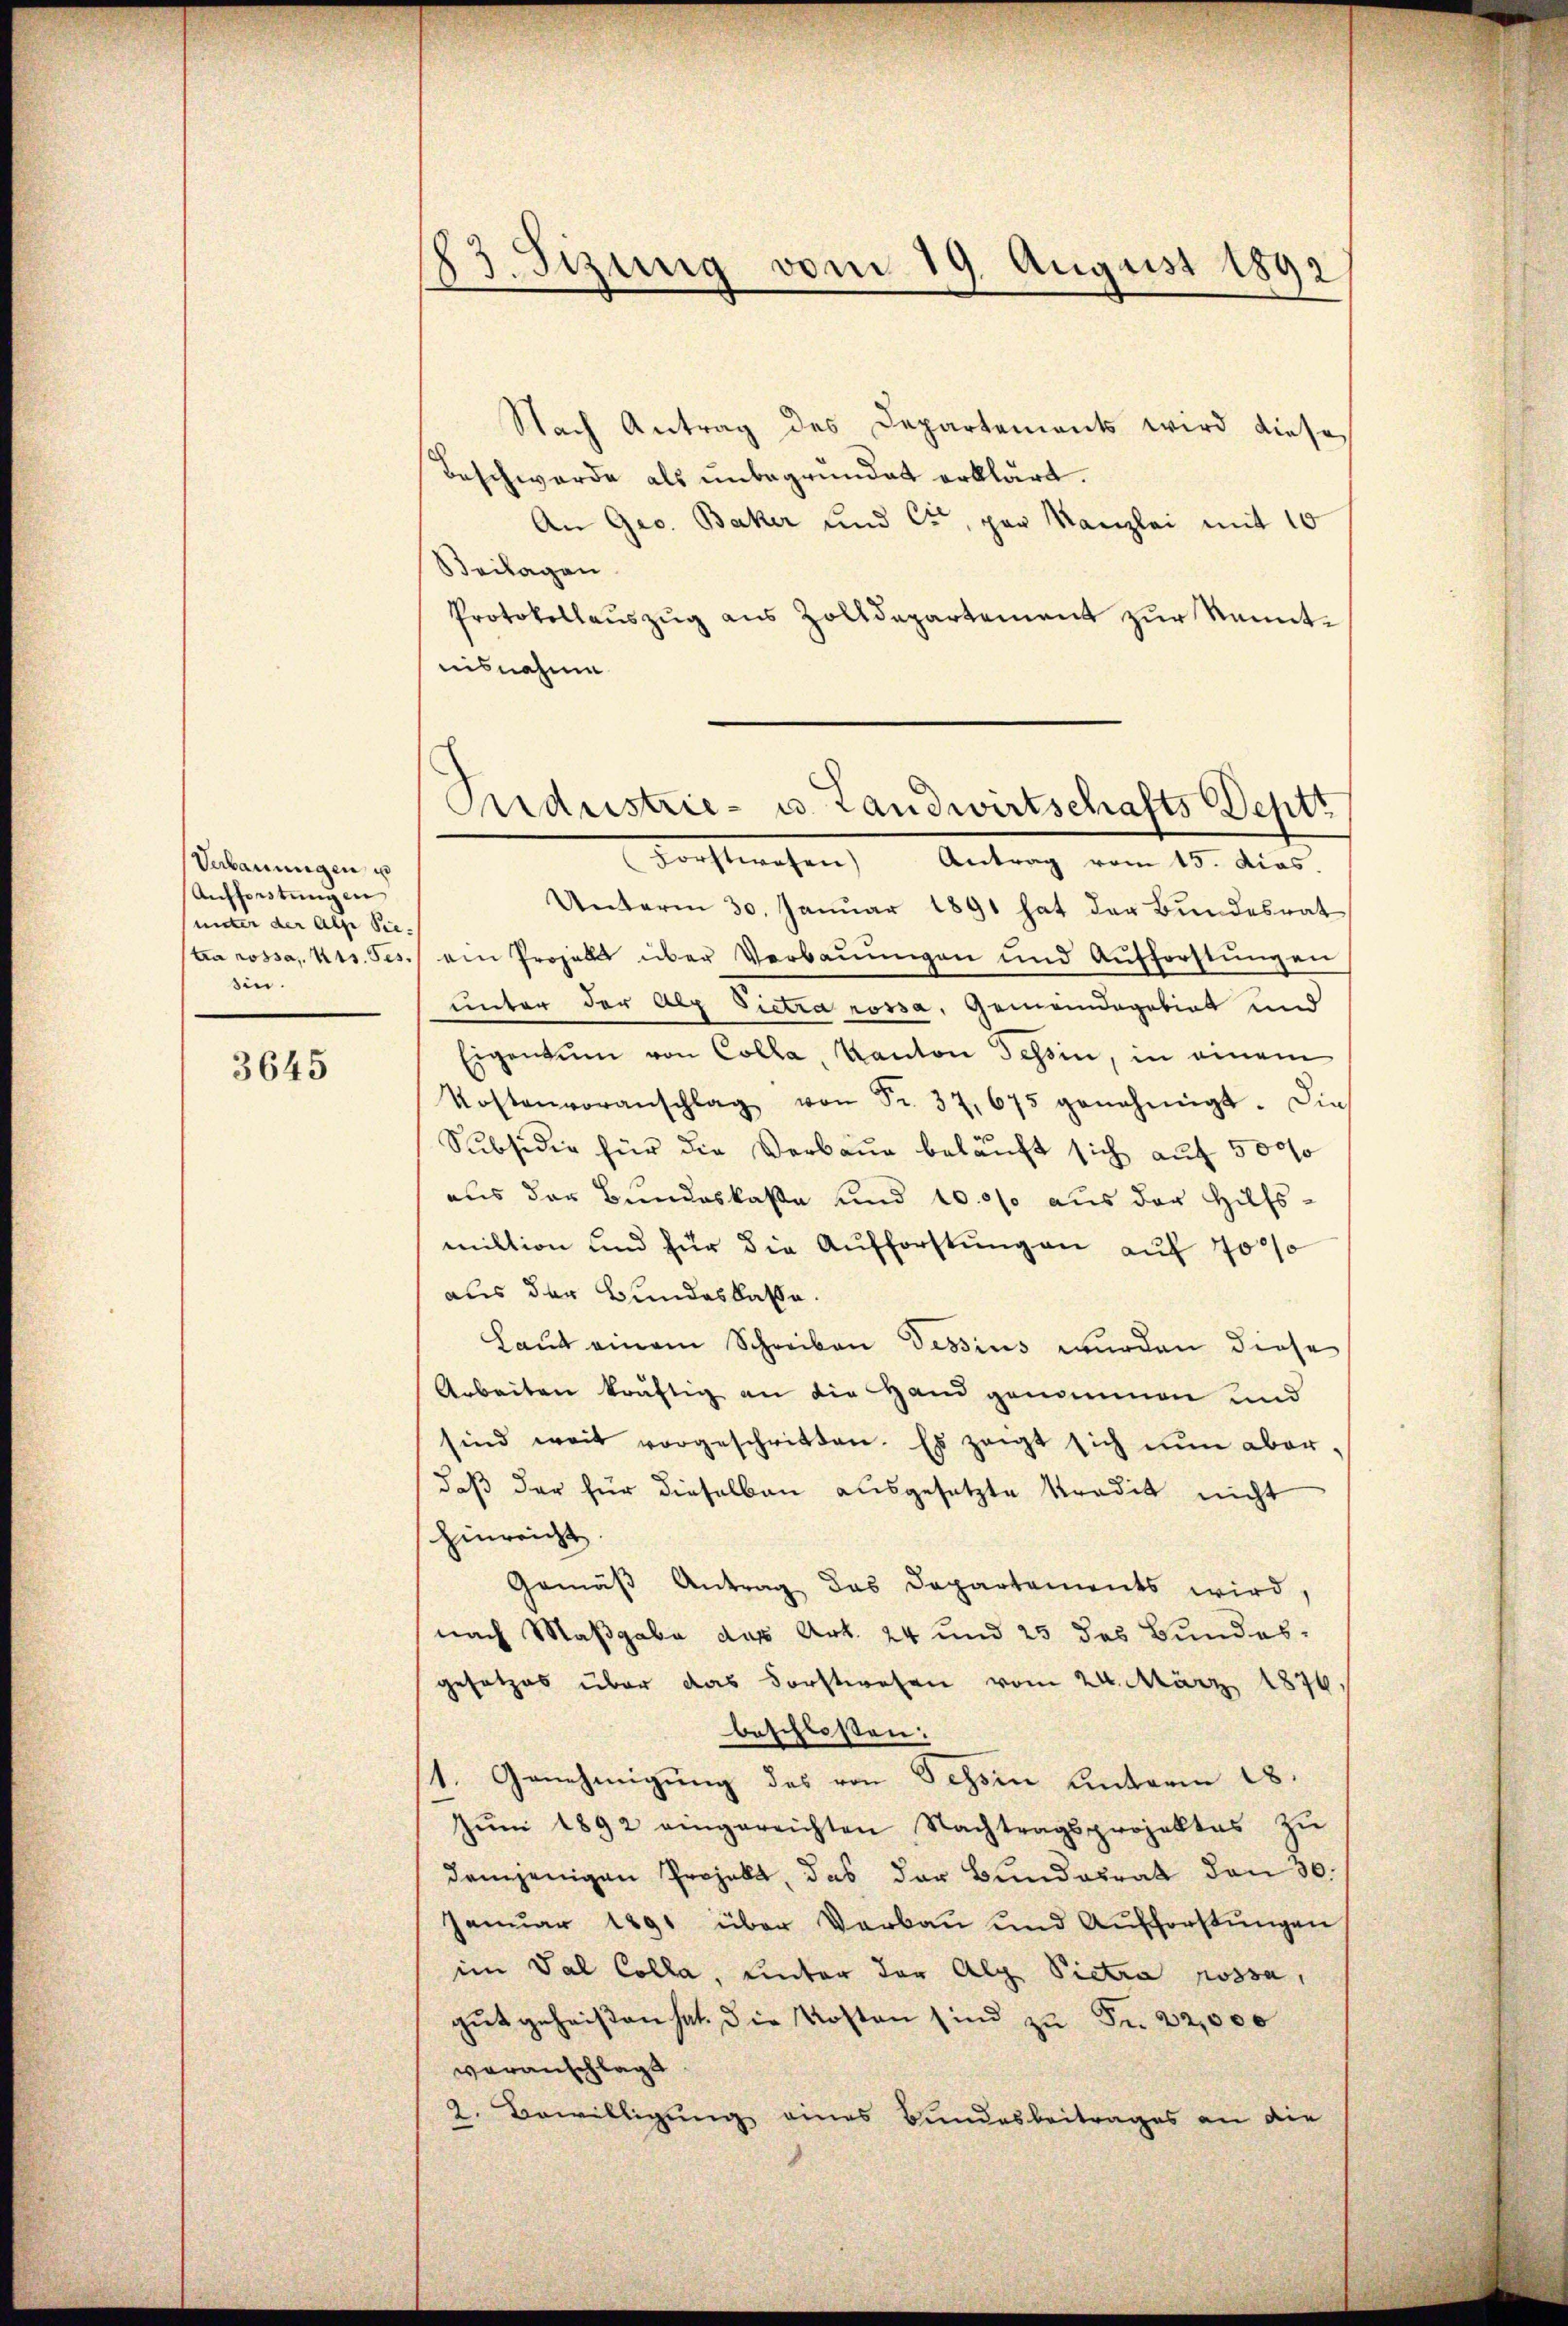
Verbauungen u
Aufforstungen
unter der Alp Siesin.

3645

83. Sizung vom 19. August 1892

Nach Antrag des Departements wird diese
Beschwerde als unbegründet erklärt.
An Ges. Backer und Cit, par Kanzlei mit 10
Beilagen.
Protokollauszug aus Zolldepartement zur Kenntnisnahme
Forstwesen Antrag vom 15. Dias.
Unterm 30. Janŭar 1891 hat der Bŭndesrat
ta cossa, Kts. Ges. ein Prozell über Verbauungen und Aufforstungen
unter der Alp Pietra rossa, Gemeindegebiet und
Eigentum von Colla, Kanton Tessin, in einem
Kostenvoranschlag von Fr. 37,675 genehmigt. Die
Subsidio für die Verbaue beläuft sich auf 5000
aus der Bundeskaße und 10000 aus der Hilfsmiktion und für die Aufforstŭng an auf 7000
aus der Bundeskasse.
Laut einem Schreiben Tessius wurden diese
Arbeiten kräftig an die Hand genommen und
sind weit vorgeschritten. Es zeigt sich nŭn aber.
daß der für dieselben ausgesetzte Kredit nicht
hinreicht.
Gemäß Antrag das Departements wird,
nach Maßgabe des Art. 24 und 25 des Bundesgesetzes über das Forstwesen vom 24. März 1876,
beschlossen:
1. Genehmigung des von Tessin Unterm 18.
Jŭni 1892 eingereichten Nachtragsprojektes zŭ
demjenigen Projekt, das der Bundesrat den 30.
Januar 1891 über Verbau und Aufforstungen
im Dal Colla, unter der Alp Pietra possa,
gŭt geheißen hat. Die Kosten sind zu Fr. 22,000
veranschlagt
2. Bewilligung eines Bundesbeitrages an die

Industrie- u. Landwirtschafts Deptt